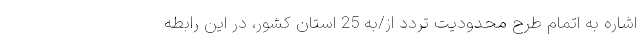
اشاره به اتمام طرح محدودیت تردد از/به 25 استان کشور، در این رابطه